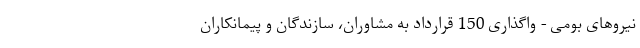
نيروهای بومی - واگذاری 150 قرارداد به مشاوران، سازندگان و پیمانکاران